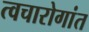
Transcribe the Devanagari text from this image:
त्वचारोगांत